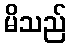
မိသည်